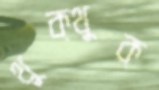
থুক্‌থুক্‌